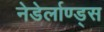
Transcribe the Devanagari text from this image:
नेडेर्लाण्ड्स